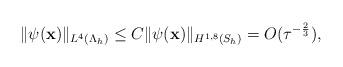
LaTeX: \begin{align*} \|\psi(\mathbf x)\|_{L^{4}(\Lambda_{h})} \leq C \| \psi(\mathbf x)\|_{H^{1,8}(S_h)}=O(\tau^{-\frac{2}{3}}), \end{align*}